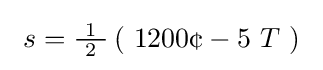
\ s={\tfrac {\ 1\ }{2}}\left(\ 1200{\text{¢}}-5\ T\ \right)\